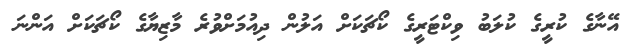
އޭނާގެ ކުރީގެ ކުލަބު ވިކްޓަރީގެ ކޯޗަކަށް އަލުން ދިއުމަށްވުރެ މާޒިޔާގެ ކޯޗަކަށް އަންނަ